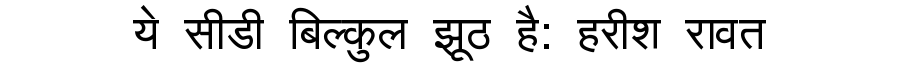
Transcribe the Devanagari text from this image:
ये सीडी बिल्कुल झूठ है: हरीश रावत